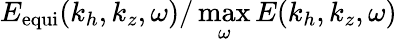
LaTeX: E_{\mathrm{equi}}(k_{h},k_{z},\omega)/\operatorname*{max}_{\omega}E(k_{h},k_{z},\omega)